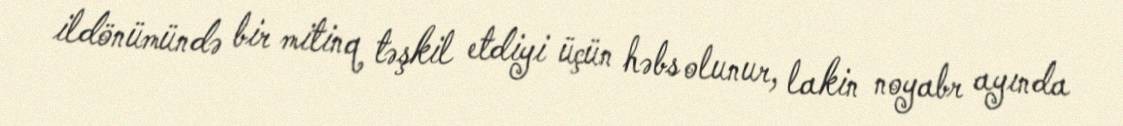
ildönümündə bir mitinq təşkil etdiyi üçün həbs olunur, lakin noyabr ayında